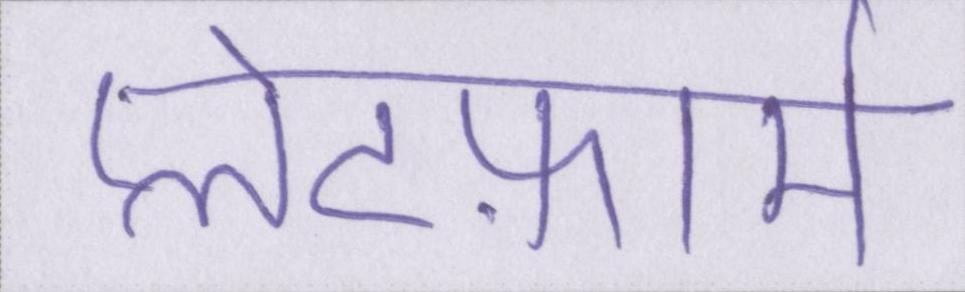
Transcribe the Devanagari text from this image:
प्लेटफ़ार्म